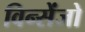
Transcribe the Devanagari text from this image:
विन्सेंजो